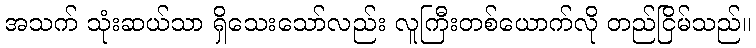
အသက် သုံးဆယ်သာ ရှိသေးသော်လည်း လူကြီးတစ်ယောက်လို တည်ငြိမ်သည်။